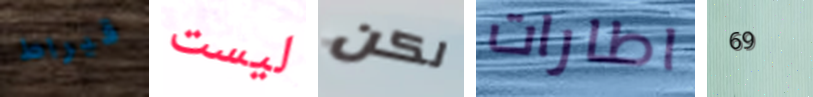
قيراط ليست لكن اطارات 69